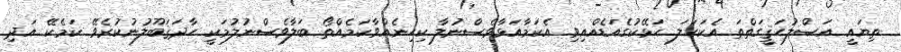
ތިޔައީ އަސްލުޙަޤީގަތްތަ އެކަހަލަ ހަޅޭކުގެއަޑެއްއިވި އެކަމާއަޅާވެސްނުލާ ކިހިނެއްވާކަމެއްތޯ ބަލާވެސްނުލުމަކީ ހާދަޤަބޫލުނުކުރެވޭ ކަމެކޭ އަދި